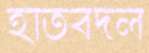
হাতবদল